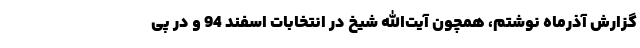
گزارش آذرماه نوشتم، همچون آیت‌الله شیخ در انتخابات اسفند 94 و در پی